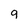
Character: 9